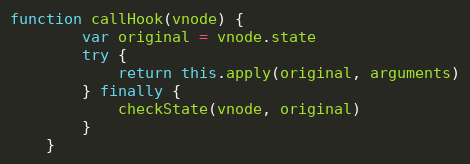
Language: JavaScript
function callHook(vnode) {
		var original = vnode.state
		try {
			return this.apply(original, arguments)
		} finally {
			checkState(vnode, original)
		}
	}